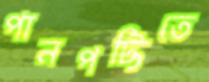
পানপট্টিতে